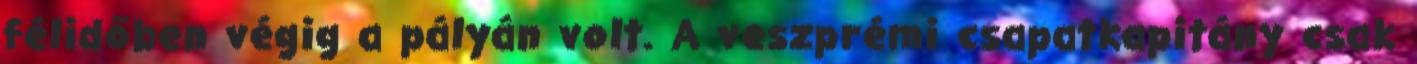
félidőben végig a pályán volt. A veszprémi csapatkapitány csak